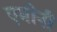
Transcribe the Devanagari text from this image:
एमोनी